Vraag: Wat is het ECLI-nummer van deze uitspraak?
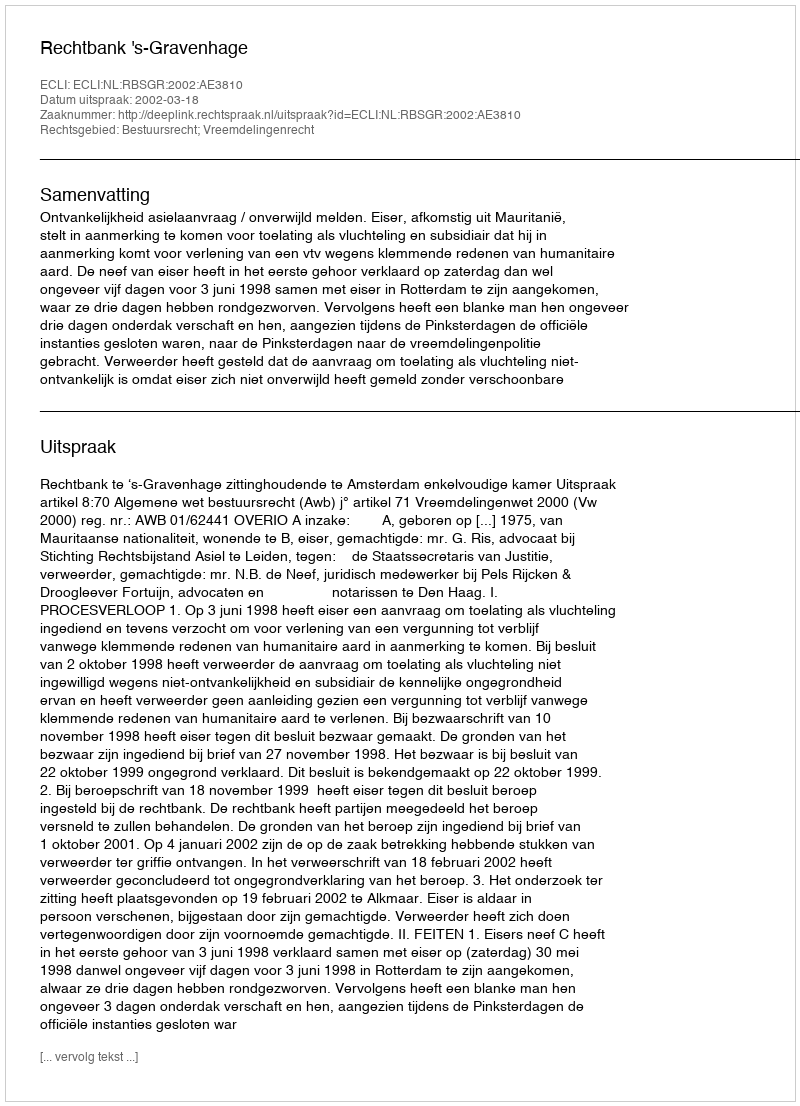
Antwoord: ECLI:NL:RBSGR:2002:AE3810